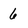
Character: 6